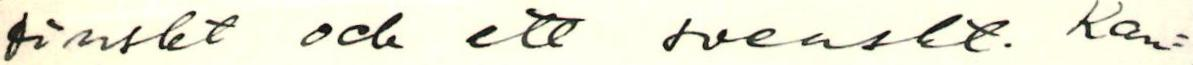
finskt och ett svenskt. Kan=